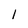
Character: 1